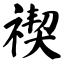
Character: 禊